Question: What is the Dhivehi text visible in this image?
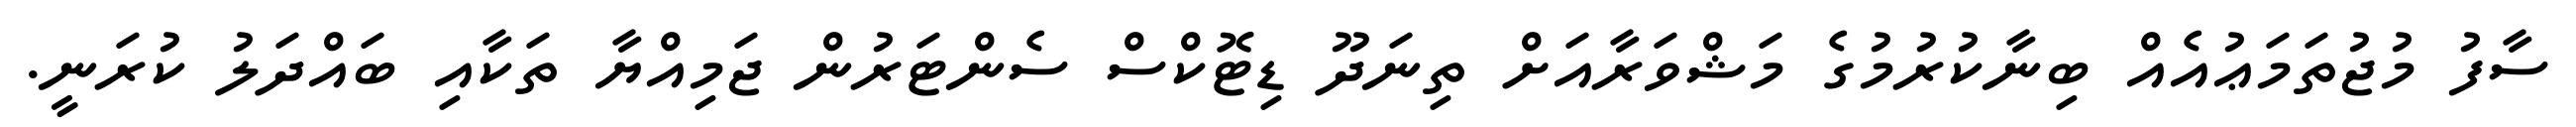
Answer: ސާފު މުޖުތަމަޢުއެއް ބިނާކުރުމުގެ މަޝްވަރާއަށް ތިނަދޫ ޑިޓޮކްސް ސެންޓަރުން ޖަމިއްޔާ ތަކާއި ބައްދަލު ކުރަނީ.